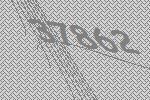
37862